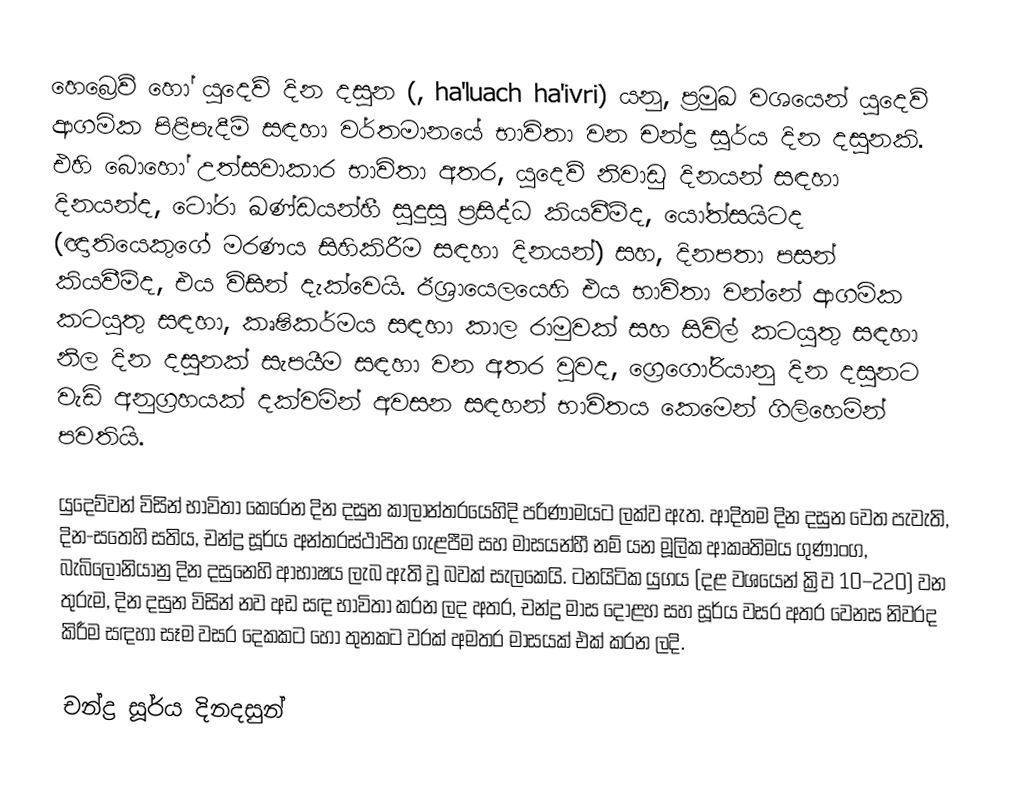
හෙබ්‍රෙව් හෝ  යුදෙව් දින දසුන (, ha'luach ha'ivri) යනු,  ප්‍රමුඛ වශයෙන් යුදෙව් ආගමික  පිළිපැදීම්  සඳහා වර්තමානයේ භාවිතා වන  චන්ද්‍ර සූර්ය දින දසුනකි. එහි බොහෝ උත්සවාකාර භාවිතා අතර,  යුදෙව් නිවාඩු දිනයන් සඳහා දිනයන්ද, ටෝරා ඛණ්ඩයන්හී සුදුසු ප්‍රසිද්ධ කියවීම්ද, යෝත්සයිටද (ඥාතියෙකුගේ මරණය සිහිකිරීම සඳහා දිනයන්) සහ, දිනපතා පසන් කියවීම්ද, එය විසින් දැක්වෙයි. ඊශ්‍රායෙලයෙහි එය භාවිතා වන්නේ ආගමික කටයුතු සඳහා, කෘෂිකර්මය සඳහා කාල රාමුවක් සහ සිවිල් කටයුතු සඳහා නිල දින දසුනක් සැපයීම සඳහා  වන අතර වුවද,  ග්‍රෙගෝරියානු දින දසුනට වැඩි අනුග්‍රහයක් දක්වමින් අවසන සඳහන් භාවිතය කෙමෙන් ගිලිහෙමින් පවතියි.

යුදෙව්වන් විසින් භාවිතා කෙරෙන දින දසුන කාලාන්තරයෙහිදි පරිණාමයට ලක්ව ඇත. ආදිතම දින දසුන වෙත පැවැති, දින-සතෙහි සතිය, චන්ද්‍ර සූර්ය අන්තරස්ථාපිත ගැළපීම සහ මාසයන්හී නම් යන මූලික ආකෘතිමය ගුණාංග,   බැබිලෝනියානු දින දසුනෙහි ආභාෂය  ලැබ ඇති වූ බවක් සැලකෙයි. ටනයිටික යුගය (දළ වශයෙන් ක්‍රිව 10–220) වන තුරුම, දින දසුන විසින් නව අඩ සඳ භාවිතා කරන ලද අතර, චන්ද්‍ර මාස දොළහ සහ සූර්ය වසර අතර වෙනස නිවරද කිරීම සඳහා සෑම වසර දෙකකට හෝ තුනකට වරක් අමතර මාසයක් එක් කරන ලදි.

චන්ද්‍ර සූර්ය දිනදසුන්